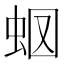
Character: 𧉫